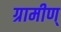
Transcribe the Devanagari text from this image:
ग्रामीण्